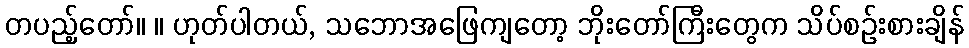
တပည့်တော်။ ။ ဟုတ်ပါတယ်, သဘောအဖြေကျတော့ ဘိုးတော်ကြီးတွေက သိပ်စဉ်းစားချိန်